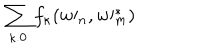
LaTeX: \sum _ { \kappa . 0 } f _ { \kappa } ( w \prime _ { n } , w \prime _ { m } ^ { \ast } )